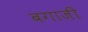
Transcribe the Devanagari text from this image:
बगाजी